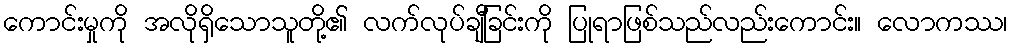
ကောင်းမှုကို အလိုရှိသောသူတို့၏ လက်လုပ်ချီခြင်းကို ပြုရာဖြစ်သည်လည်းကောင်း။ လောကဿ၊